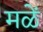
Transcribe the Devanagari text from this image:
मळें